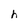
Character: h